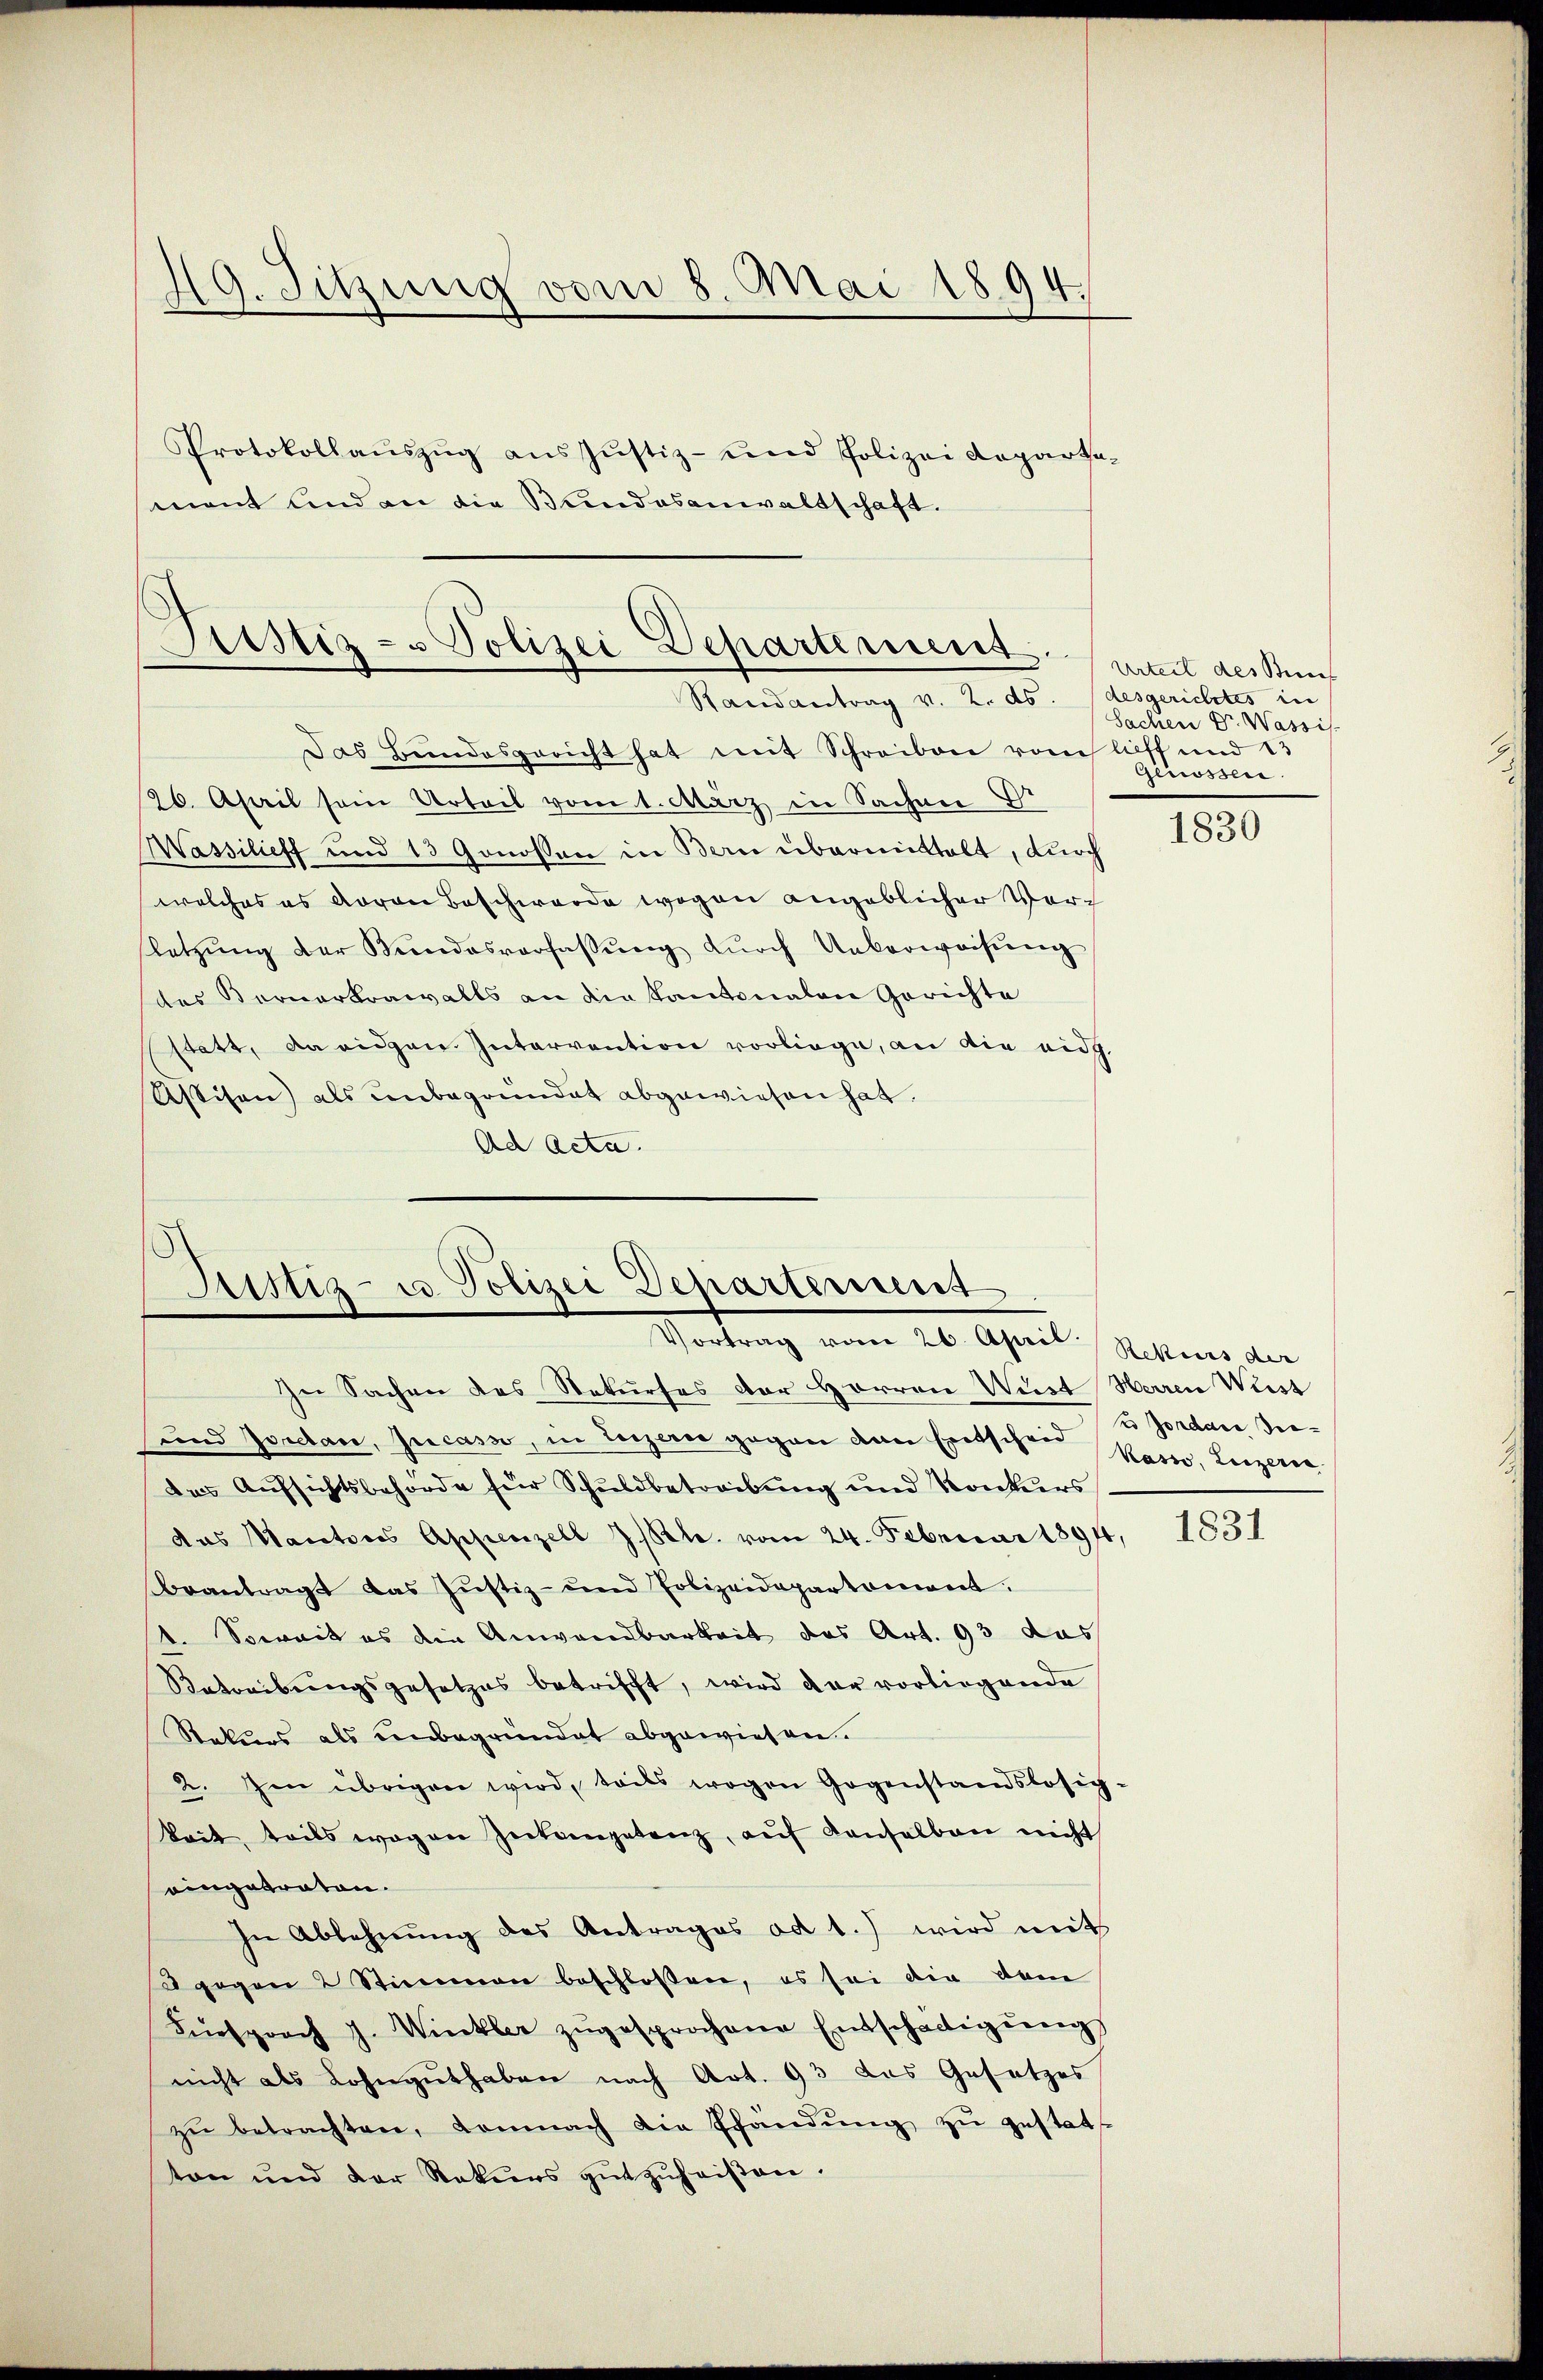
49. Sitzung vom 8. Mai 1894.
Protokollaŭszŭg aŭs Jŭstiz- und Polizei Reparta-
mont und an die Bundesanwaltschaft.

Justiz- & Polizei Departement
Randantrag v. 2. ds. (desgerichtes in

Das Bundesgericht hat mit Schreiben vom licht und 13
26. April sein Urteil vom 1. März in Sachen Dr
Wassilieff und 13 Genossen in Bern übermittelt, durch
welches es davon Beschwerde wegen angeblicher Verletzŭng der Kundesverfassŭng dŭrch Ueberweisŭng
des Bernarkrawalls an die Kantonalen Gerichte
statt, da eidgen. Intervention vorliege, an die eidg.
Ustisen) als unbegründet abgewiesen hat.
Ad Acta.

Astiz- u Polizei Departement
Vortrag vom 26. April.

Urteil des Benef
Sachen Dr. Wassis
Genossen.

In Sachen des Rekurses der Herren Wert Herren Weist
und Zordan, Jucam, in Luzern gegen den Exetschen Kass, Leizerin
das Aufsichtsbehörde für Schuldbetreibung und Konkurs
das Maratores Appenzell I/Rh. vom 24. Februar 18944,
beantragt das Justiz- und Polizeidepartement.
1. Soweit es die Anwendbarkeit des Art. 93 das
Betreibungsgesetzes betrifft, wird der vorliegende
Stekurs als unbegründet abgewiesen.
2. Im übrigen wird, teils wogen Gegenstandslosig-
Bait, teils wogen Zeitergetanz, aŭf denselben nicht
eingetraten.
In Ablehnung des Antrages ad 1.) wird mit
set gegen 2 Stimmen beschlossen, es sei die dem
Fürsprach J. Winkler zŭgesprochene Entschädigŭng
nicht als Lohnguthaben nach Art. 93 das Gesetzes
zŭ betrachten, demnach die Pfändŭng zŭ gestatt-
ton und der Rekŭrs gutzuheiβen.

1830

Rekurs der
2 Jordate die

1831